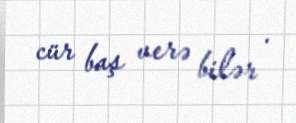
cür baş verə bilər .